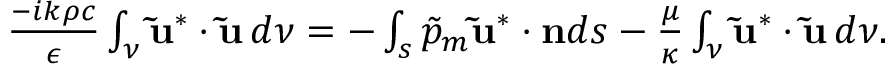
\begin{array} { r } { \frac { - i k \rho c } { \epsilon } \int _ { \nu } \mathbf { \tilde { u } } ^ { * } \cdot \mathbf { \tilde { u } } \, d \nu = - \int _ { s } \tilde { p } _ { m } \mathbf { \tilde { u } } ^ { * } \cdot \mathbf { n } d s - \frac { \mu } { \kappa } \int _ { \nu } \mathbf { \tilde { u } } ^ { * } \cdot \mathbf { \tilde { u } } \, d \nu . } \end{array}